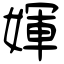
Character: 媈